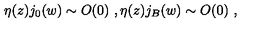
\eta ( z ) j _ { 0 } ( w ) \sim O ( 0 ) \ , \eta ( z ) j _ { B } ( w ) \sim O ( 0 ) \ ,